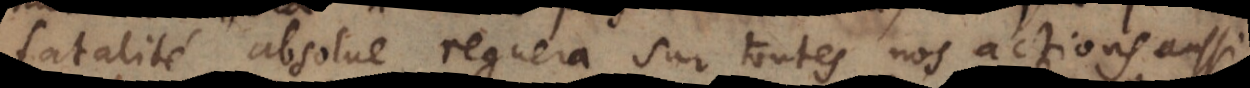
fatalité absolue regnera sur toutes nos actions aussi